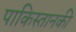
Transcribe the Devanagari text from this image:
पाकिस्तानकी